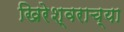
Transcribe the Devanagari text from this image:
खिरेश्वराच्या